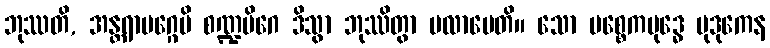
ဘုဿတိ, အန္တရာမဂ္ဂေပိ စဏ္ဍမိဂေ ဒိသွာ ဘုဿိတွာ ပလာပေတိ။ သော ပစ္စေကဗုဒ္ဓေ မုဒုကေန